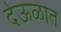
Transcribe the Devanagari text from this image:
देऊळात